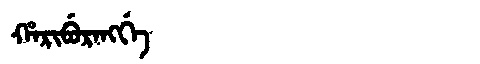
Manchu: ᡥᠠᡵᡳᠪᡠᡵᠠᠩᡤᡝ
Romanization: HARIBURANGGE